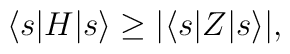
\langle s | H | s \rangle \geq | \langle s | Z | s \rangle |,